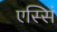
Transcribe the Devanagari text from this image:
एस्सिं